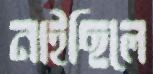
নাইছিলে